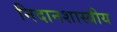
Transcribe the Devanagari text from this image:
निदानशास्त्रीय